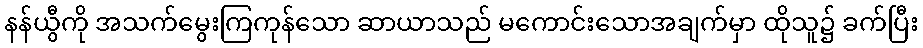
နန်ယွီကို အသက်မွေးကြကုန်သော ဆာယာသည် မကောင်းသောအချက်မှာ ထိုသူ၌ ခက်ပြီး